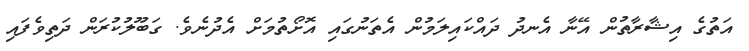
އަތުގެ އިޝާރާތުން އޭނާ އެނދު ދައްކައިލަމުން އެތަނުގައި އޮށޯތުމަށް އެދުނެވެ. ގަބޫލުކުރަން ދަތިވެފައި